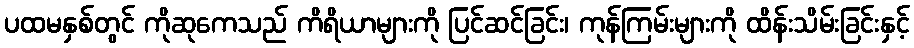
ပထမနှစ်တွင် ကိုဆုကေသည် ကိရိယာများကို ပြင်ဆင်ခြင်း၊ ကုန်ကြမ်းများကို ထိန်းသိမ်းခြင်းနှင့်